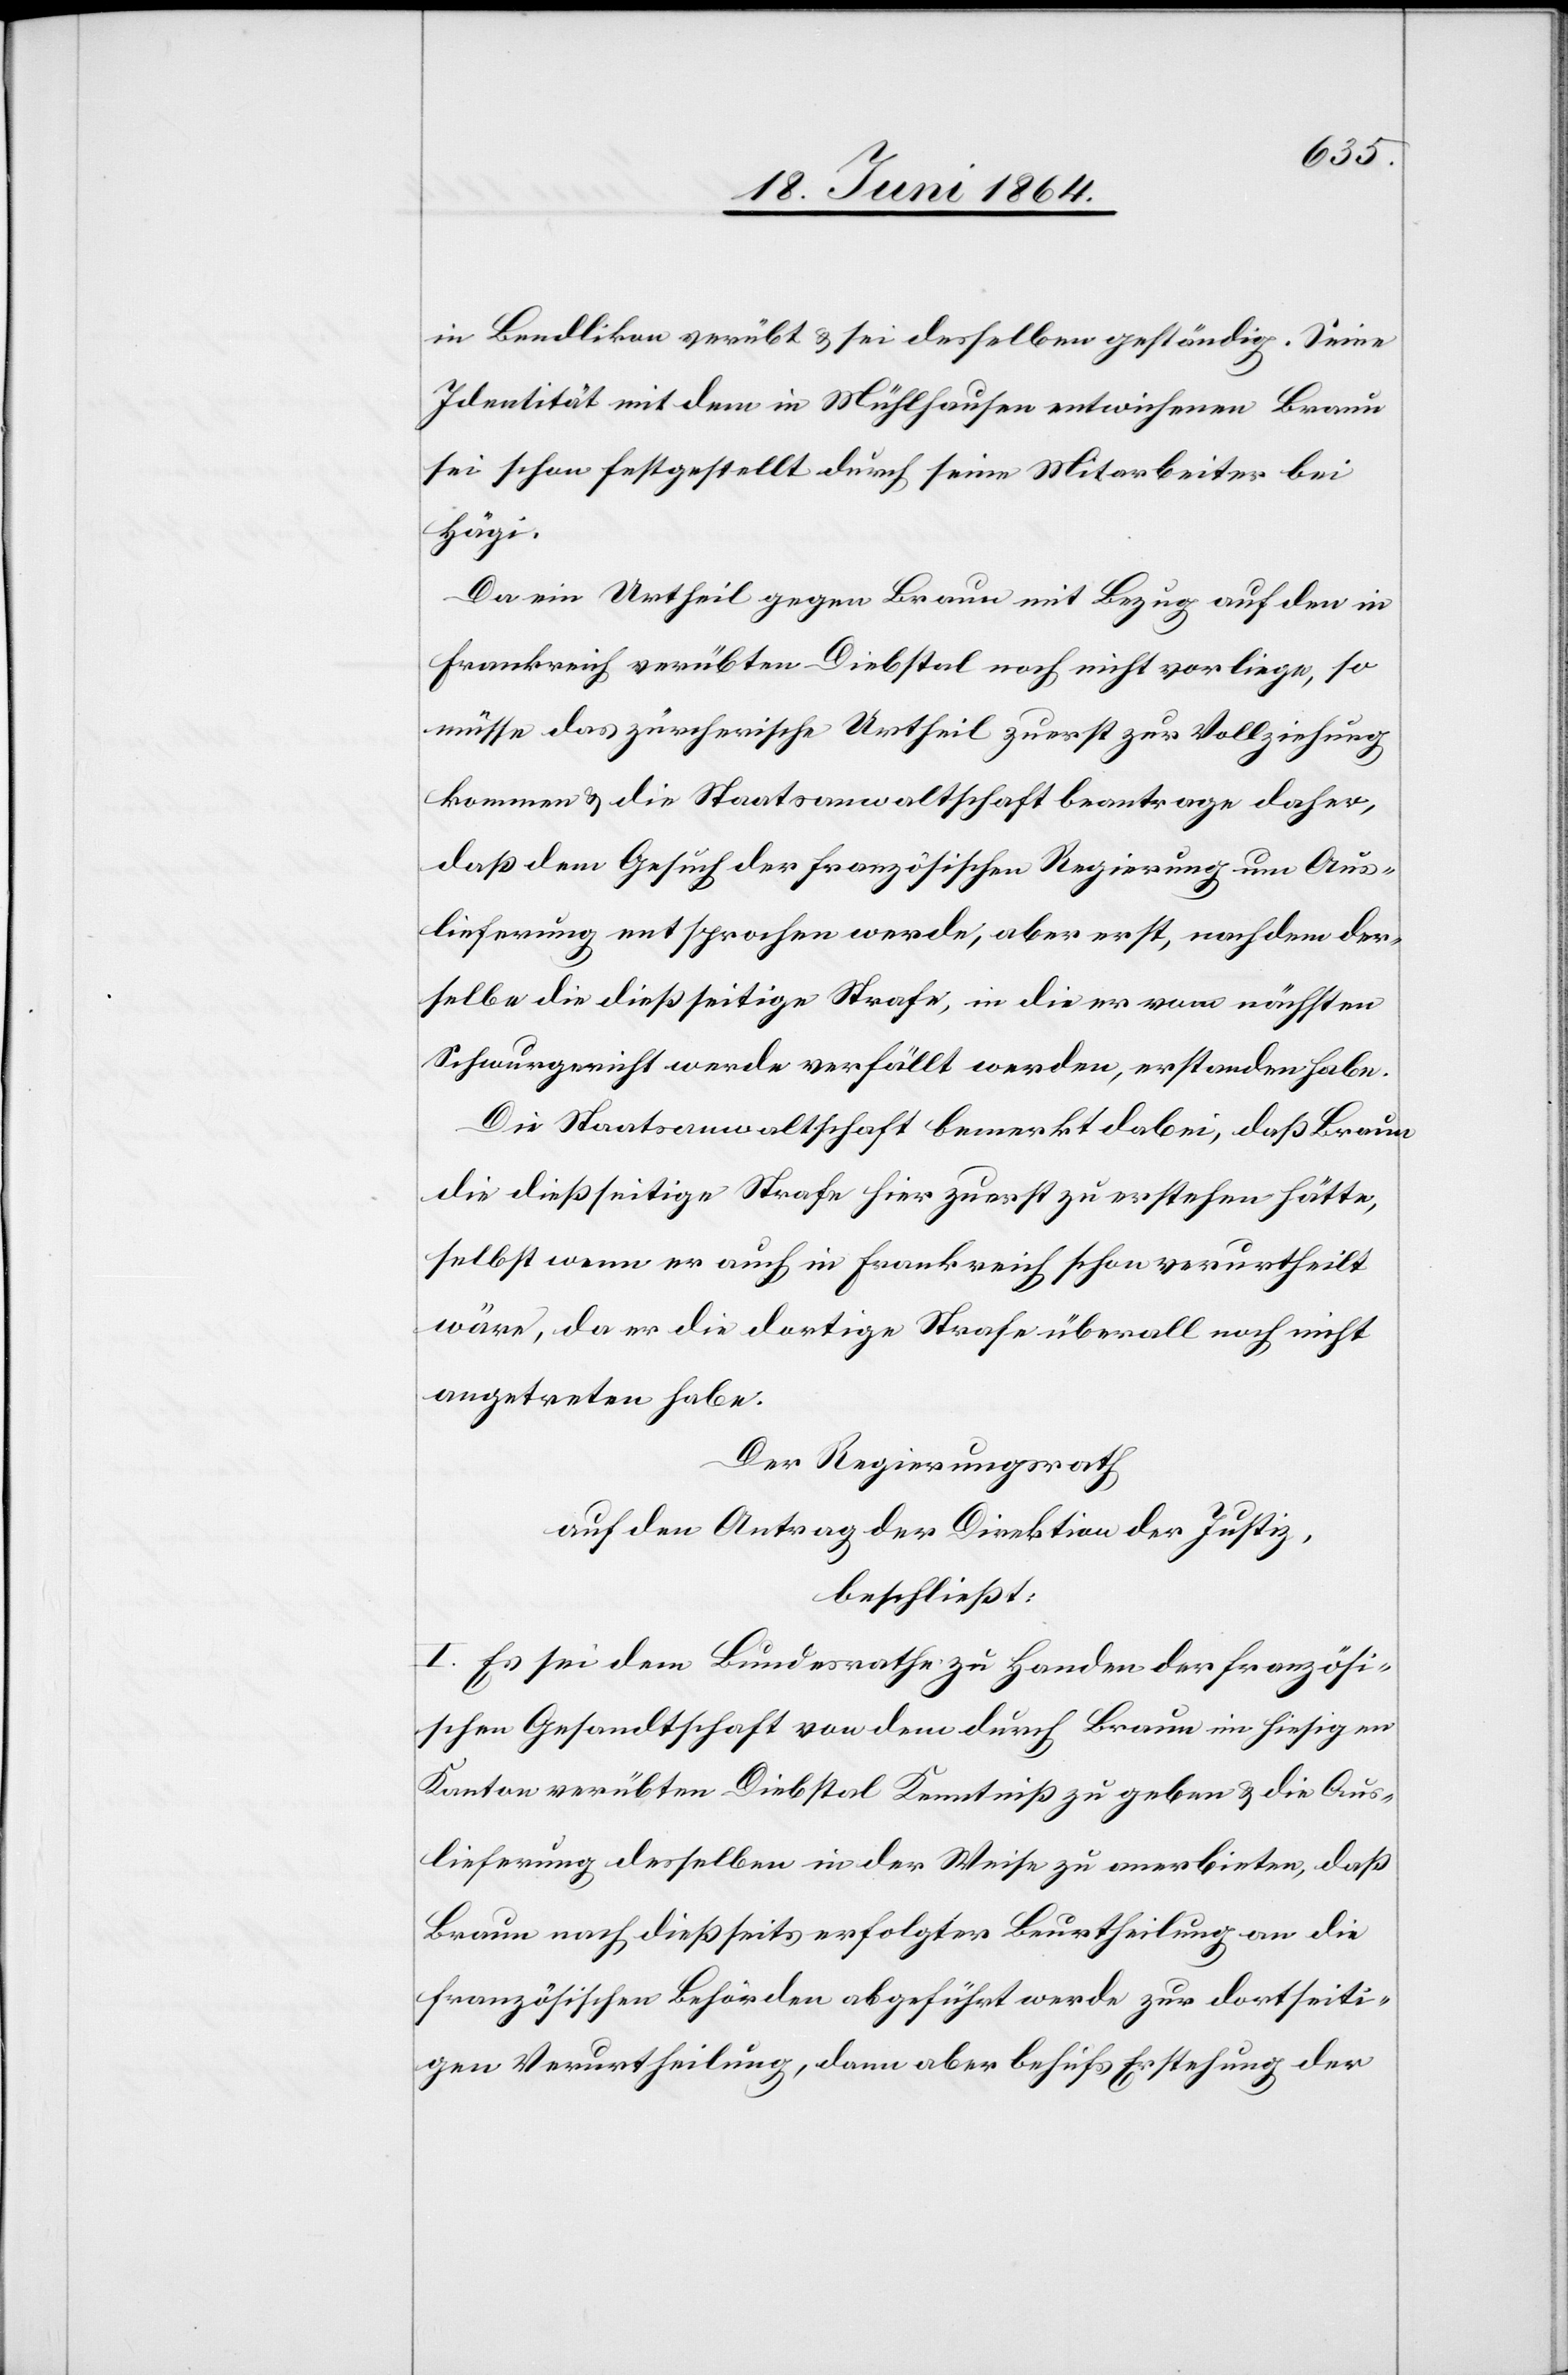
in Bendlikon verübt u. sei desselben geständig. Seine
Identität mit dem in Mühlhausen entwichenen Braun
sei schon festgestellt durch seine Mitarbeiter bei
Hägi.
Da ein Urtheil gegen Braun mit Bezug auf den in
Frankreich verübten Diebstal noch nicht vorliege, so
müsse das zürcherische Urtheil zuerst zur Vollziehung
kommen u. die Staatsanwaltschaft beantrage daher,
daß dem Gesuch der französischen Regierung um Aus¬
lieferung entsprochen werde, aber erst, nachdem der¬
selbe die dießseitige Strafe, in die er vom nächsten
Schwurgericht werde verfällt werden, erstanden habe.
Die Staatsanwaltschaft bemerkt dabei, daß Braun
die dießseitige Strafe hier zuerst zu erstehen hätte,
selbst wenn er auch in Frankreich schon verurtheilt
wäre, da er die dortige Strafe überall noch nicht
angetreten habe.
Der Regierungsrath
auf den Antrag der Direktion der Justiz,
beschließt:
I. Es sei dem Bundesrathe zu Handen der französi¬
schen Gesandtschaft von dem durch Braun im hiesigen
Kanton verübten Diebstal Kenntniß zu geben u. die Aus¬
lieferung desselben in der Weise zu anerbieten, daß
Braun nach dießseits erfolgter Beurtheilung an die
französischen Behörden abgeführt werde zur dortseiti¬
gen Verurtheilung, dann aber behufs Erstehung der